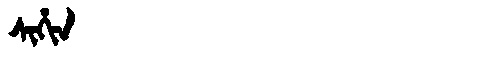
Manchu: ᠰᡳᡥᡳᠨ
Romanization: SIHIN